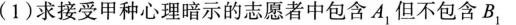
(1)求接受甲种心理暗示的志愿者中包含A_{1}但不包含B_{1}